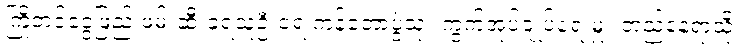
ကြိုတင်ငွေဖြည့် ဖမ်းဆီးခံရသူဦးရေ ကန်တော့ပွဲသုံး ကွက်အုပ်ချုပ်ရေးမှူး တည်နေရာသို့